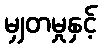
မျှတမှုနှင့်